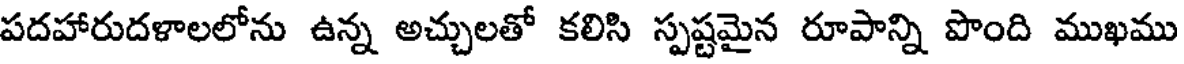
పదహారుదళాలలోను ఉన్న అచ్చులతో కలిసి స్పష్టమైన రూపాన్ని పొంది ముఖము